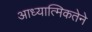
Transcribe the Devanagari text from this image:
आध्यात्मिकतेने